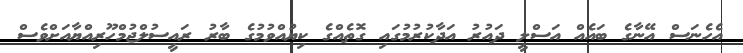
އެހެނަސް އޭނާގެ ބައެއް އަސްލީ ދައުރު އަދާކުރުމުގައި ގޮތެއްގެ ކިޔުއްވުމުގެ ބާރު ރައީސުލްޖުމްހޫރިއްޔާއަށްވެސް